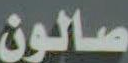
صالون